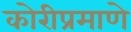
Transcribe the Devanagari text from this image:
कोरीप्रमाणे